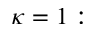
\kappa = 1 :